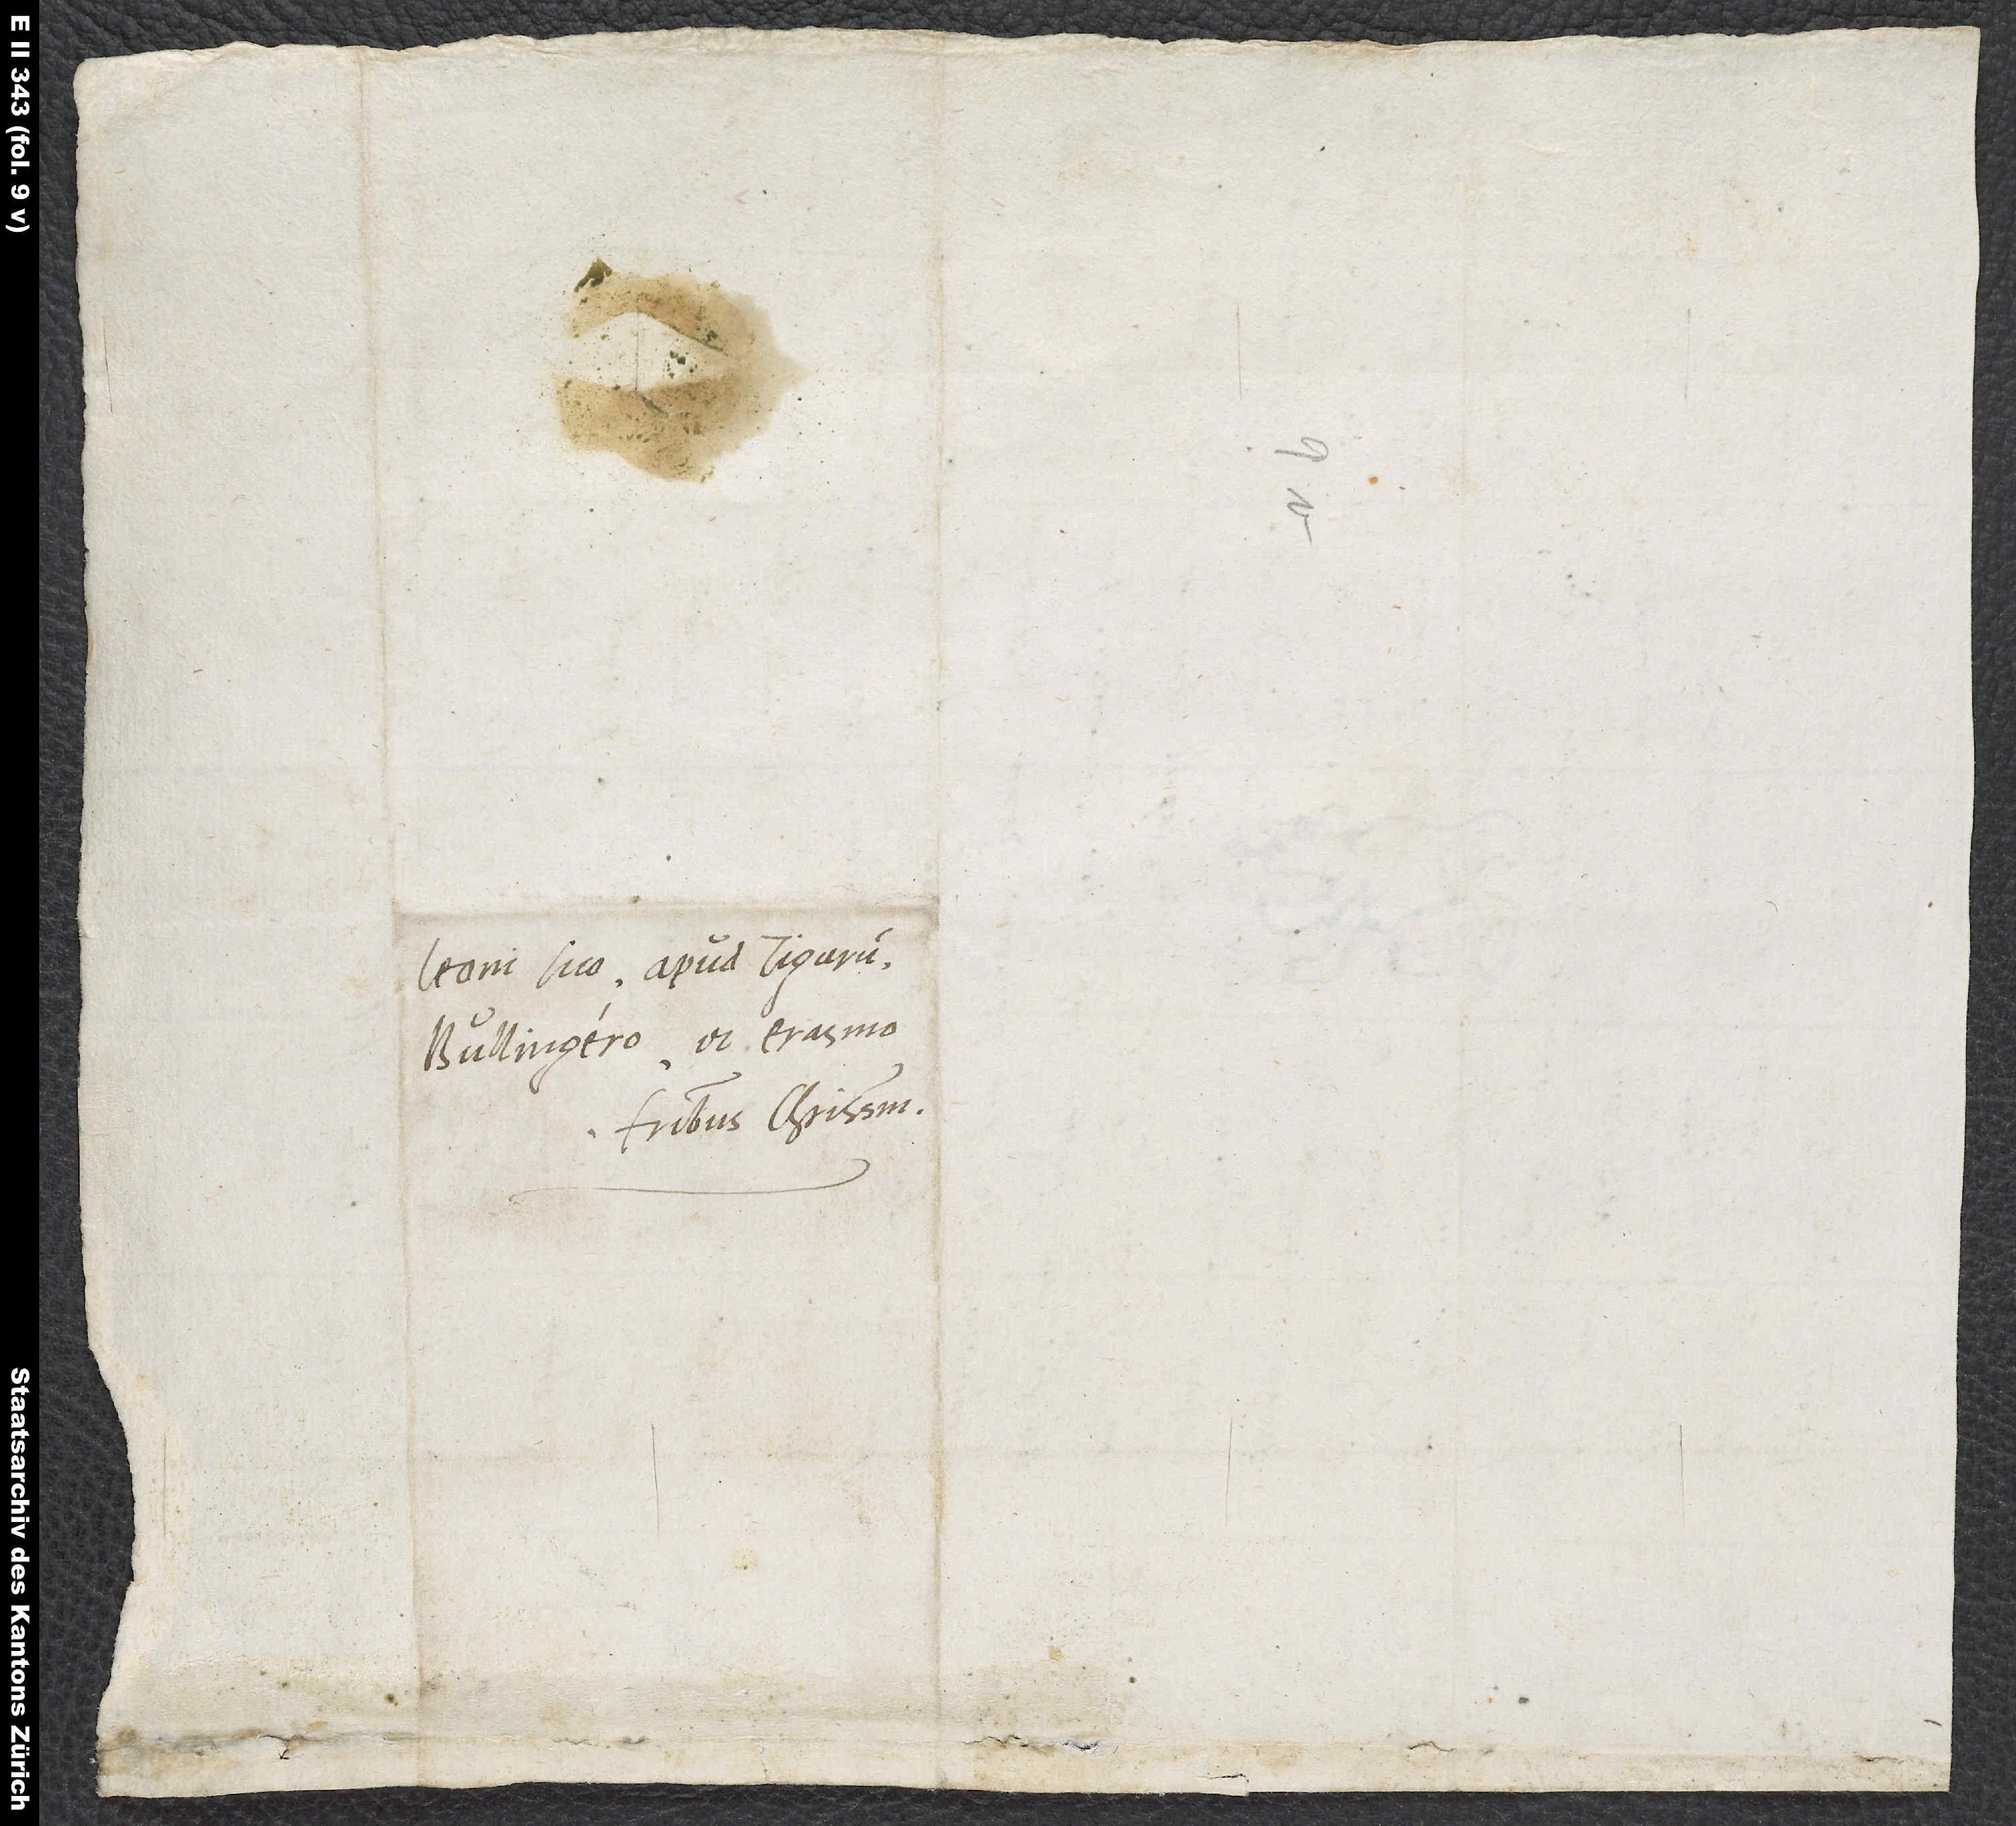
Leoni suo apud Tigurum,
fratribus charissimis.